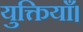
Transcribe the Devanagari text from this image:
युक्तियाँ।